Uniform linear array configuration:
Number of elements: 4
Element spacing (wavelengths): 1
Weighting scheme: blackman
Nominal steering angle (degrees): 30
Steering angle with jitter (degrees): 28.309
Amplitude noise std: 0.05
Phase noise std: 0.05

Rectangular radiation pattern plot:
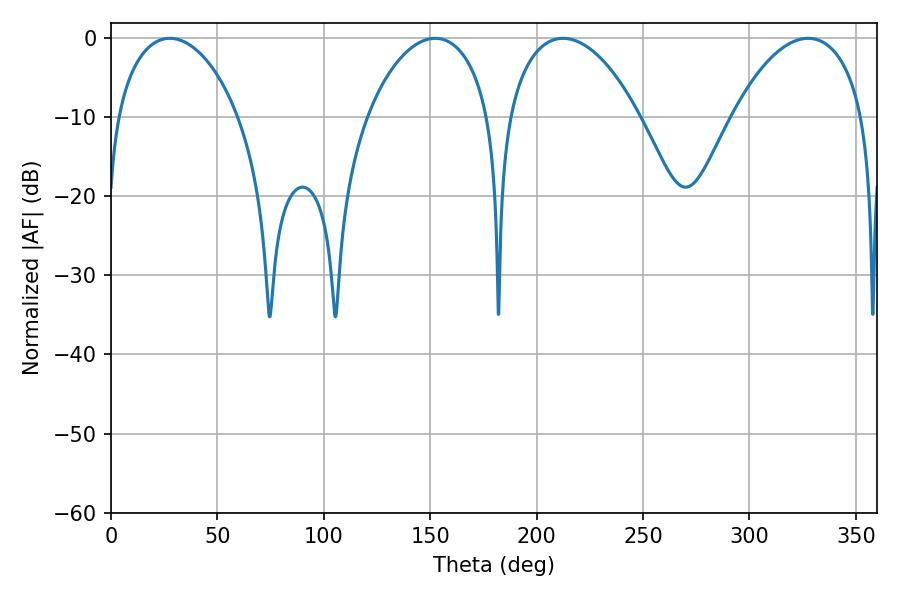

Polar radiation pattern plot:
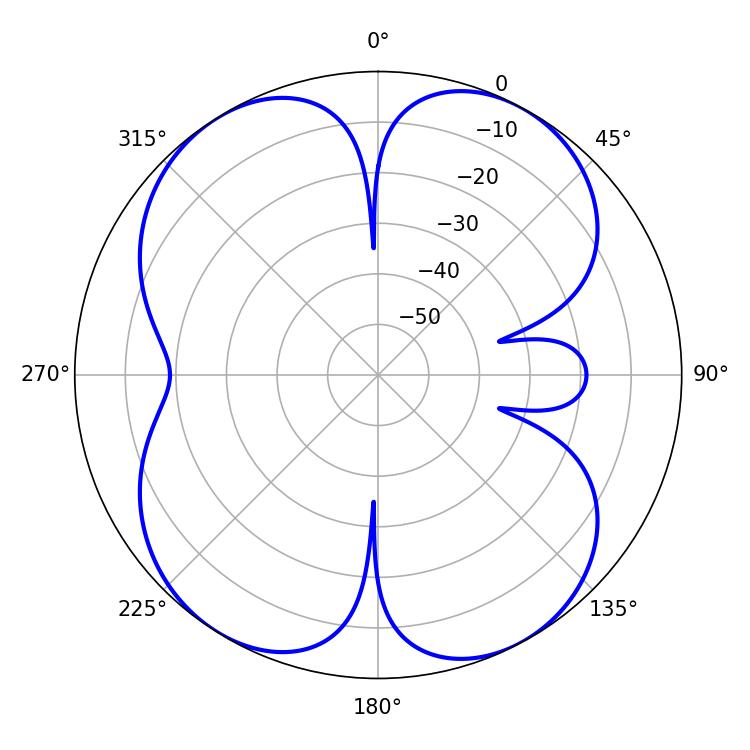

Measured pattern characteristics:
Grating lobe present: TRUE
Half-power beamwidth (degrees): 34.92
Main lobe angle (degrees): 212.4